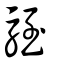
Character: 駤